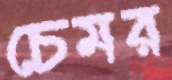
চেমর